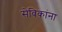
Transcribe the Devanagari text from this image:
सेविकांना